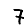
Digit: 7